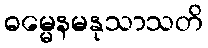
ဓမ္မေနမနုသာသတိ